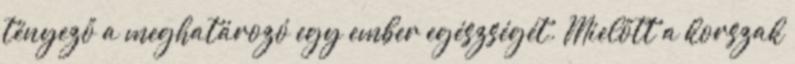
tényező a meghatározó egy ember egészségét. Mielőtt a korszak